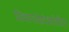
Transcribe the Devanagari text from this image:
विभागांसंदर्भातील